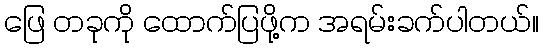
ဖြေ တခုကို ထောက်ပြဖို့က အရမ်းခက်ပါတယ်။